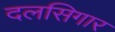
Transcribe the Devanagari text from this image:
दलसिगार